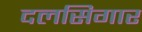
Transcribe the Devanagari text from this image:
दलसिगार